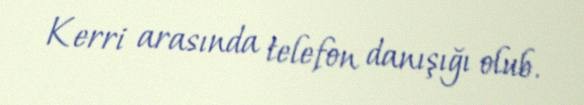
Kerri arasında telefon danışığı olub.